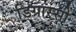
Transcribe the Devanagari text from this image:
डिग्रास्सी